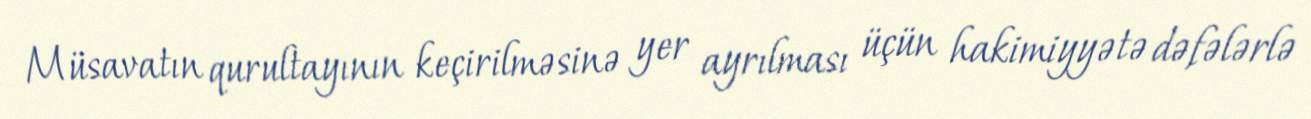
Müsavatın qurultayının keçirilməsinə yer ayrılması üçün hakimiyyətə dəfələrlə